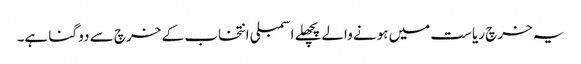
یہ خرچ ریاست میں ہونے والےپچھلے اسمبلی انتخاب کے خرچ سے دو گنا ہے۔